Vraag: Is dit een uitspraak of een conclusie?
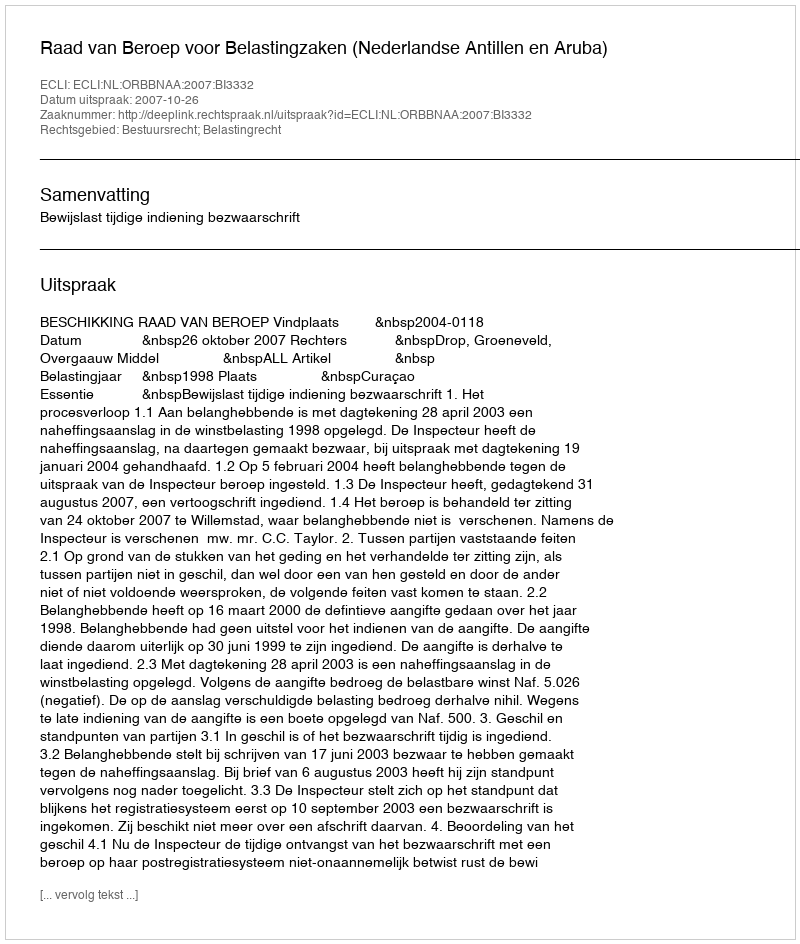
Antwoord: Uitspraak